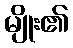
မျိုး၏